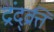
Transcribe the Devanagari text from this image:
द्रंद्व्रत्ति